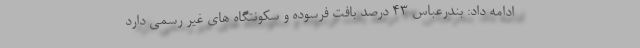
ادامه داد: بندرعباس ۴۳ درصد بافت فرسوده و سکونتگاه های غیر رسمی دارد